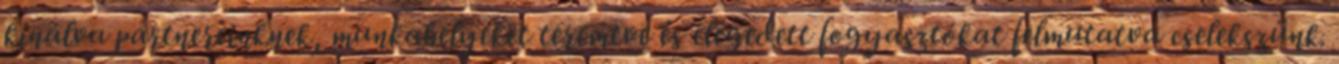
kínálva partnereinknek, munkahelyeket teremtve és elégedett fogyasztókat felmutatva cselekszünk.